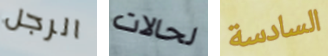
الرجل لحالات السادسة